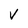
Character: v